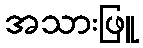
အသားဖြူ